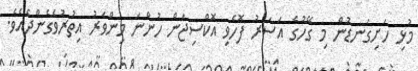
މުޅި ހަށިގަނޑުން މި ގޭހުގެ އަސަރު ފޮހެވި އޮކްސިޖަން ހުންނަ މިންވަރު އިތުރުވެގެންދެއެވެ.